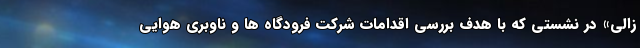
زالی» در نشستی که با هدف بررسی اقدامات شرکت فرودگاه ها و ناوبری هوایی